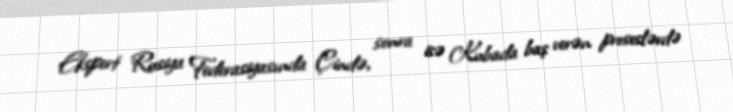
Ekspert Rusiya Federasiyasında Çində, sonra isə Kubada baş verən proseslərdə